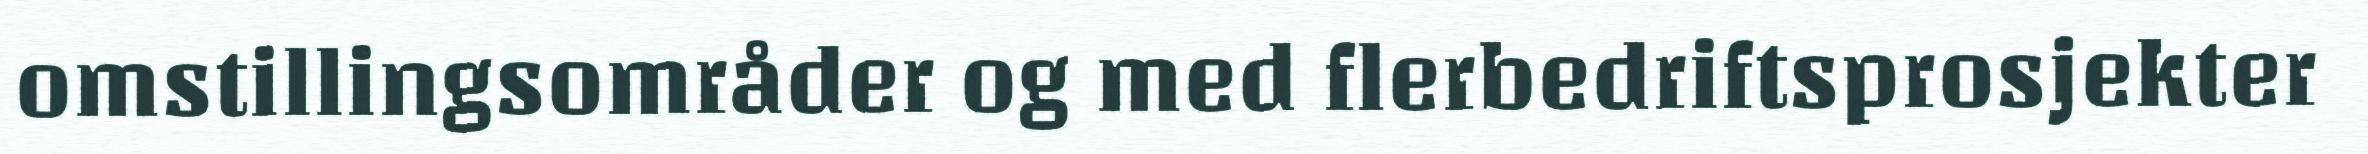
omstillingsområder og med flerbedriftsprosjekter